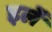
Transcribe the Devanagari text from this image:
इर्ले